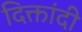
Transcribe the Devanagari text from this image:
दिक्तांदी